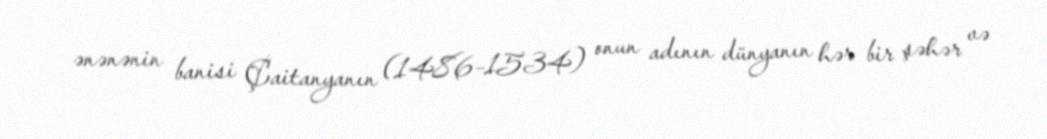
ənənənin banisi Çaitanyanın (1486–1534) onun adının dünyanın hər bir şəhər və